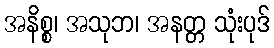
အနိစ္စ၊ အသုဘ၊ အနတ္တ သုံးပုဒ်